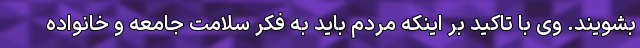
بشویند. وی با تاکید بر اینکه مردم باید به فکر سلامت جامعه و خانواده